Leaving Certificate Examination, 1910
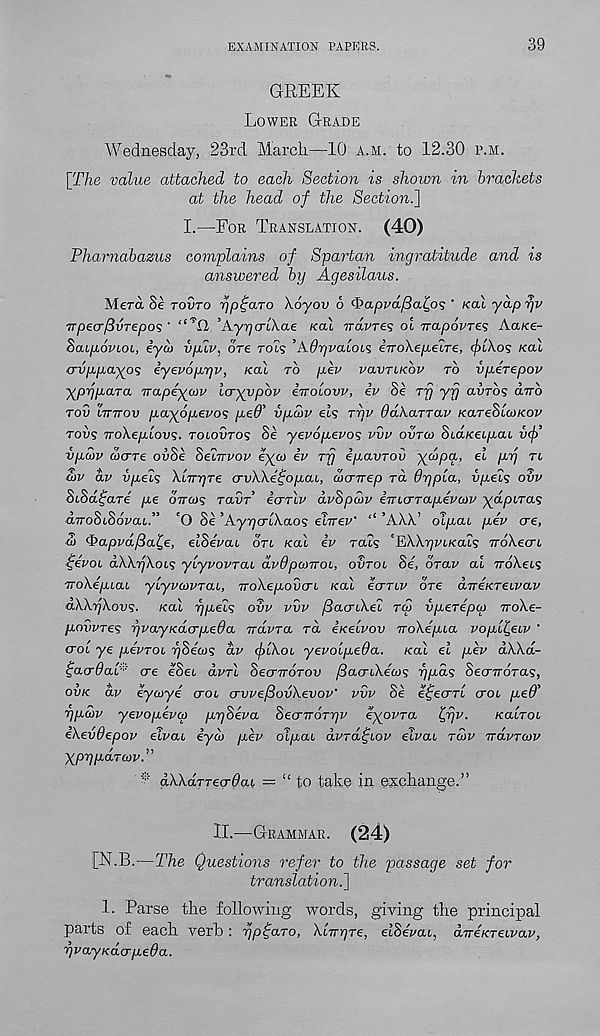
EXAMINATION PAPERS.
39
GREEK
Lower Grade
Wednesday, 23rd March—10 a.m. to 12.30 p.m.
[The value attached to each Section is shown in brackets
at the head of the Section.]
I.—For Translation. (40)
Pharnabazus complains of Spartan ingratitude and is
answered by Agesilaus.
Herd Se tovto pp^aro Xoyou 6 (^apvd/Ba^o? ' Kal yap rjv
TrpecrftvTepos '
’Kypcrikae Kal ndvres ol vapovres AaKe-
Zaipovioi, iyd> vplv. ore rois ’AOr/valob^ eiroX.e/xetre, f/uX.05 Kal
o-vppayoq iyevojipv, Kal to pev vavTiKov to vperepov
ypppara irapeyuv Icryvpbv iirolovv, iv Se ry yy avrbs dub
rod luuov payopevos ped' vpcbv els ryv OdkaTTav KareSicoKov
tovs uokeplovs. Toiovros Se yevopevos vvv ovtco SiaKeipaL iicj)’
vpdv dxjre ovSe Seiuvov eya) iv ry ipavrov yd>pa, el py n
ojv av vpels Xluyre crvWe^opai., cocruep rd 6ypla, vpeis ovv
StSdijare pe ouos raiiT icrrlv dvSpcov iuicrTapevatv ydpiTUS
duoSuSovaL.” 'O Se ’Ayyarlkaos eluev' ‘‘ ’AA.X’ olpai pev ere,
d> ^>apvd/3a^e, elSevai otl Kal ev rats 'EXArpiKcu? nokecri
t;evoi dWykois ylyvovrai dvOpwuoi, ovtol Se, drav al uokeus
uokepiai ylyvcavTui, uokepovcri Kal ecttlv ore dueicreLvav
dkkykovs. Kal ypeis ovv vvv /Sacnkei tcS iperepco noke-
povvres yvayKacrpeda udvra rd eKelvov uokepia vopli^eiv '
crol ye pevToi ySecos dv (jiikoi yevolpeda. Kal el pev dkkd-
£acr0ap ! ere eSet dvrl Secruorov fiacnkea)s ypds Secruoras,
ovk dv eycoye croi crvvef3ovhevoW vvv Se e^ecrrl croc ped’
ypeov yevopevco pySeva Secruoryv eyovra t,yv.
Kalroi
ekevOepov eivai eyd> pev olpai dvra^Lov eivat rdv udvrcov
ypyparcov.”
t dkkdjTeerOai — “ to take in exchange.”
II.—Grammar. (24)
[N.B.—The Questions refer to the passage set for
translation.]
1. Parse the following words, giving the principal
parts of each verb: yp^aro, klugre, elSevai, dueKreivav,
yvayKaerpeda.